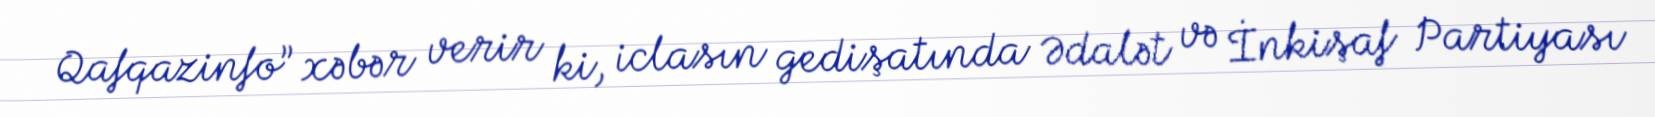
Qafqazinfo” xəbər verir ki, iclasın gedişatında Ədalət və İnkişaf Partiyası